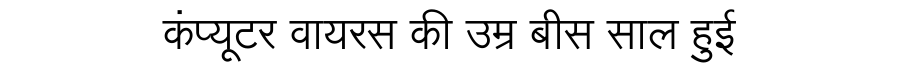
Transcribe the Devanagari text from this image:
कंप्यूटर वायरस की उम्र बीस साल हुई